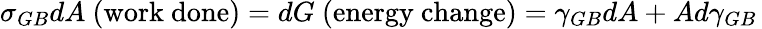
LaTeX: \sigma_{GB}dA{\mathrm{~(work~done)}}=dG{\mathrm{~(energy~change)}}=\gamma_{GB}dA+Ad\gamma_{GB}\,